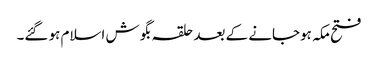
فتح مکہ ہوجانے کے بعد حلقہ بگوش اسلام ہو گئے۔